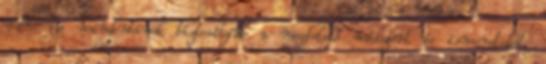
van: ha mindenkinek biztosítjuk a megfelelő módszert és ismereteket,